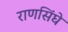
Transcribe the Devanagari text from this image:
राणसिंघे